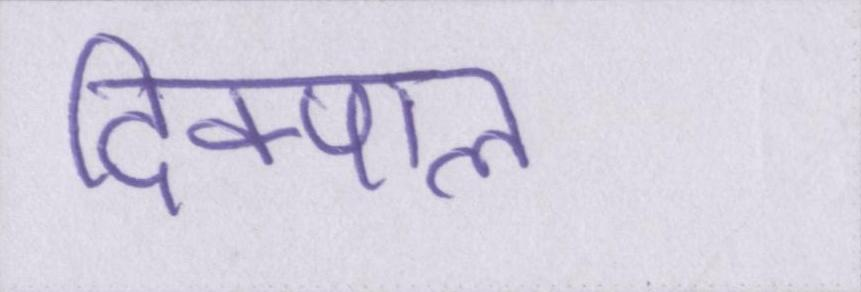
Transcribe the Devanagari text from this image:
दिक्पाल